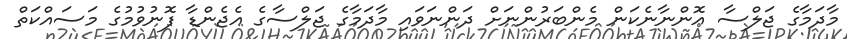
މާދަމާގެ ޖަލްސާ އޮންނާނެކަން މެންބަރުންނަށް ދަންނަވައި މާދަމާގެ ޖަލްސާގެ އެޖެންޑާ ފޮނުވުމުގެ މަސައްކަތް